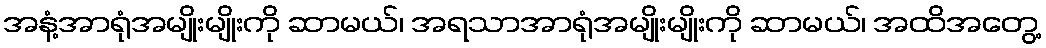
အနံ့အာရုံအမျိုးမျိုးကို ဆာမယ်၊ အရသာအာရုံအမျိုးမျိုးကို ဆာမယ်၊ အထိအတွေ့